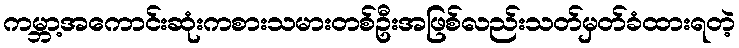
ကမ္ဘာ့အကောင်းဆုံးကစားသမားတစ်ဦးအဖြစ်လည်းသတ်မှတ်ခံထားရတဲ့